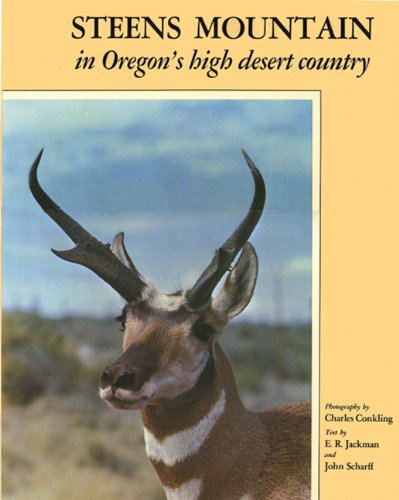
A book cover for Steens Mountain; E. R. Jackman; Science & Math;